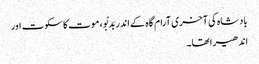
بادشاہ کی آخری آرام گاہ کے اندر بَدبْو، موت کا سکوت اور
اندھیرا تھا۔